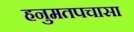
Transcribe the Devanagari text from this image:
हनुमतपचासा